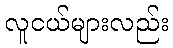
လူငယ်များလည်း